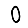
Digit: 0